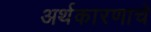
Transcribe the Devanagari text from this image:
अर्थकारणाचे